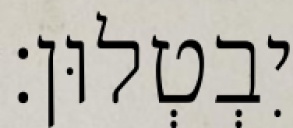
יִבְטְלוּן׃